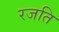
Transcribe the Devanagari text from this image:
रजति